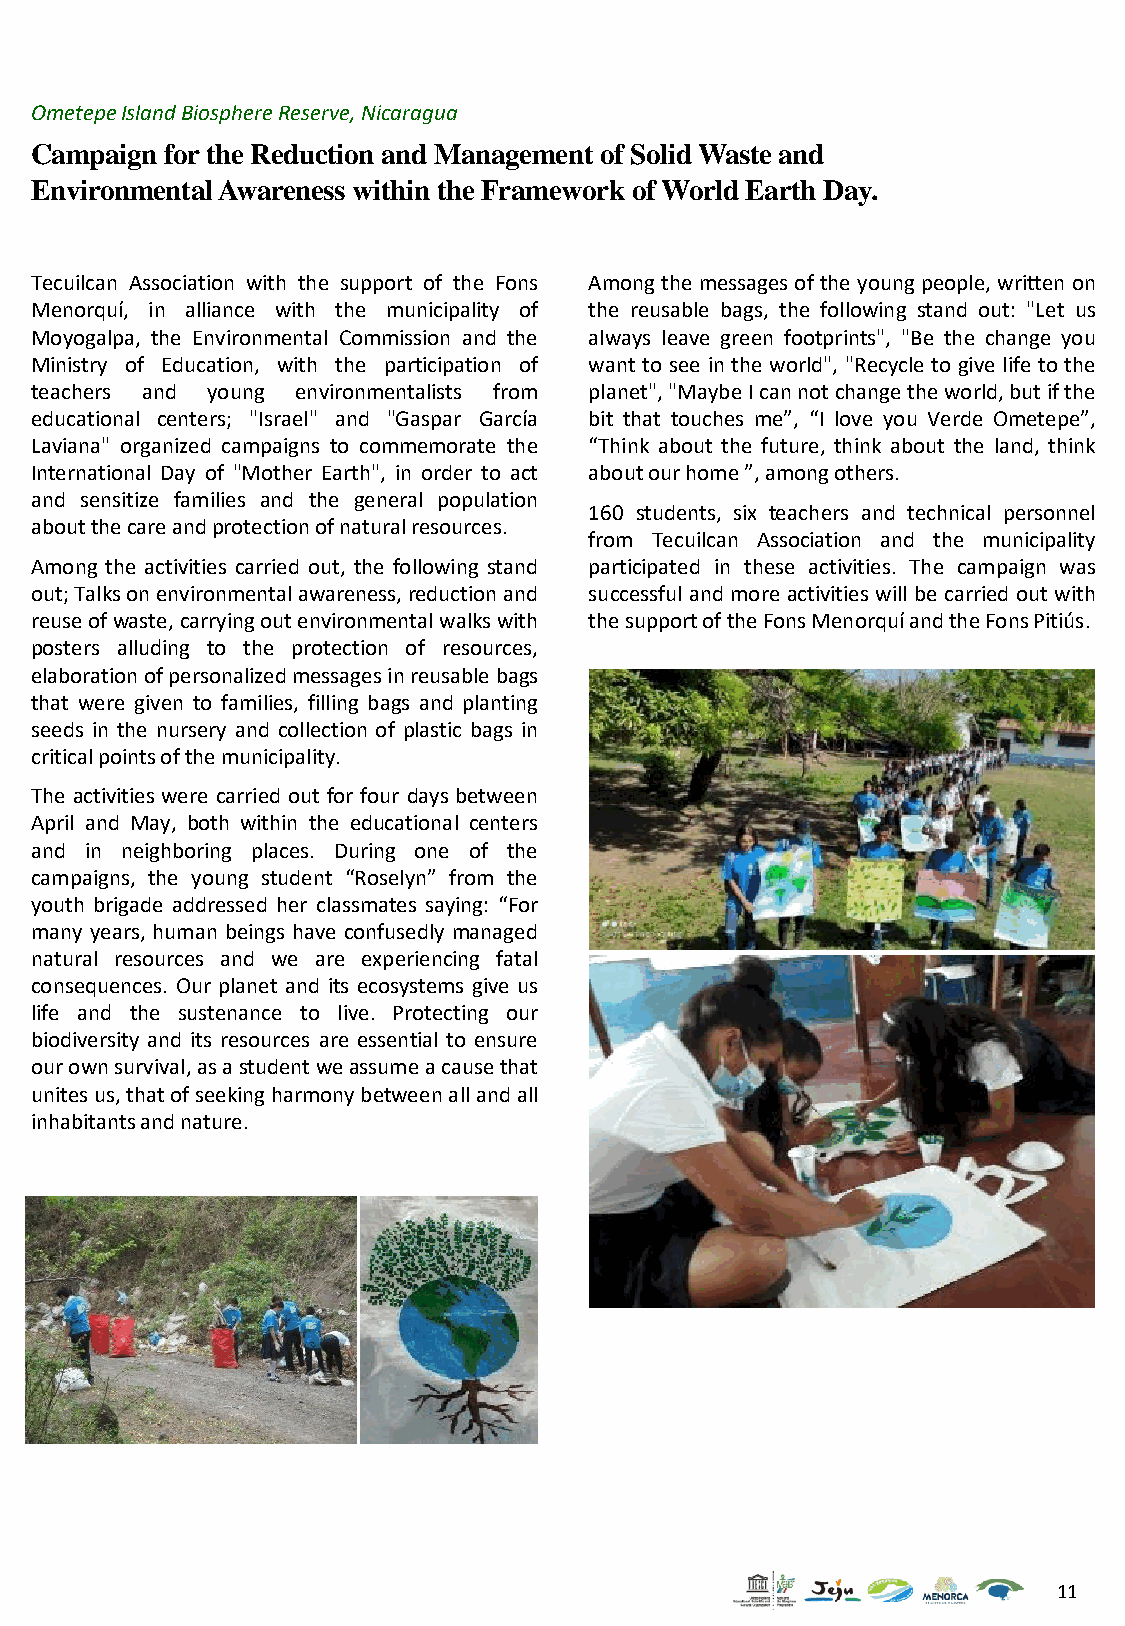
OmetepeIsland Biosphere Reserve, Nicaragua
 Campaign for the Reduction and Management of Solid Waste and
 Environmental Awareness within the Framework of World Earth Day.
 Tecuilcan Association with the support of the Fons Amongthe messagesofthe youngpeople, written on
 Menorquí, in alliance with the municipality of the reusable bags, the following stand out: "Let us
 Moyogalpa, the Environmental Commission and the always leave green footprints", "Be the change you
 Ministry of Education, with the participation of want to see in the world", "Recycle to give life to the
 teachers and young environmentalists from planet","MaybeIcannotchangetheworld,butifthe
 educational centers; "Israel" and "Gaspar García bit that touches me”, “I love you Verde Ometepe”,
 Laviana" organized campaigns to commemorate the “Think about the future, think about the land, think
 International Day of "Mother Earth", in order to act aboutourhome”,amongothers.
 and sensitize families and the general population
 160 students, six teachers and technical personnel
 aboutthecareandprotectionofnaturalresources.
 from Tecuilcan Association and the municipality
 Among the activities carried out, the following stand participated in these activities. The campaign was
 out;Talksonenvironmentalawareness,reductionand successful and more activities will be carried out with
 reuseofwaste,carryingoutenvironmentalwalkswith thesupportoftheFonsMenorquíandtheFonsPitiús.
 posters alluding to the protection of resources,
 elaborationofpersonalizedmessagesinreusablebags
 that were given to families, filling bags and planting
 seeds in the nursery and collection of plastic bags in
 criticalpointsofthemunicipality.
 The activities were carried out for four days between
 April and May, both within the educational centers
 and in neighboring places. During one of the
 campaigns, the young student “Roselyn” from the
 youth brigade addressed her classmates saying: “For
 many years, human beings have confusedly managed
 natural resources and we are experiencing fatal
 consequences. Our planet and its ecosystems give us
 life and the sustenance to live. Protecting our
 biodiversity and its resources are essential to ensure
 ourownsurvival,asastudentweassumeacausethat
 unitesus,thatofseekingharmonybetweenallandall
 inhabitantsandnature.
 11